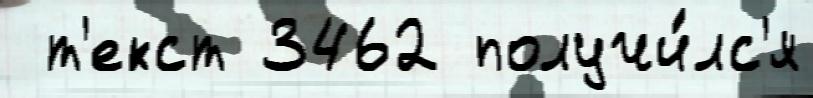
 т'екст 3462 получи́лс'я